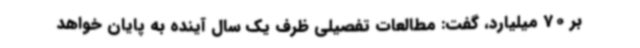
بر 70 میلیارد، گفت: مطالعات تفصیلی ظرف یک سال آینده به پایان خواهد